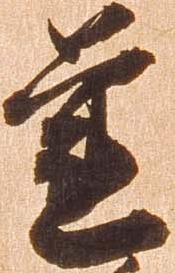
蓮